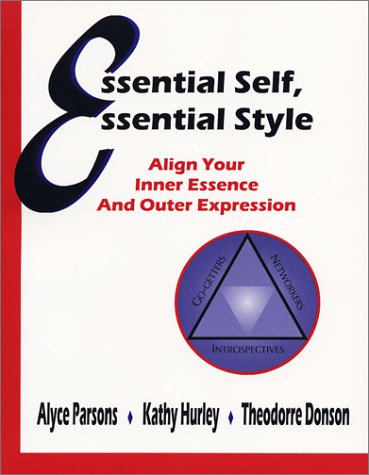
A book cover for Essential Self, Essential Style: Align Your Inner Essence and Outer Expression; Alyce Parsons; Business & Money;